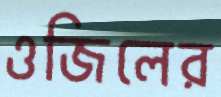
ওজিলের